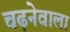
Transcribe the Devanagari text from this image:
चढ़नेवाला